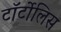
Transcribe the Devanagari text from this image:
टॉर्टोलिस